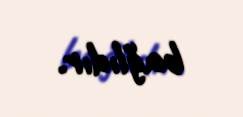
bağlıdır.